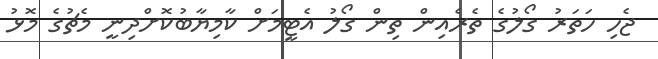
ޖެހި ހަތަރު ގޯލުގެ ތެރެއިން ތިން ގޯލު އެޓީމަށް ކާމިޔާބުކޮށްދިނީ މެޗުގެ މޮޅު